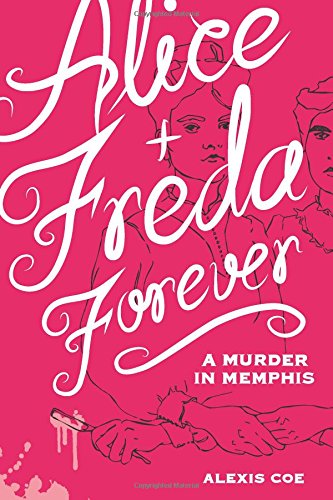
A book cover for Alice + Freda Forever: A Murder in Memphis; Alexis Coe; Gay & Lesbian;